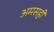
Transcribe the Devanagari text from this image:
अमसहीं